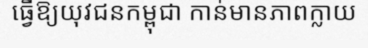
ធ្វើឱ្យយុវជនកម្ពុជា កាន់មានភាពក្លាយ